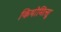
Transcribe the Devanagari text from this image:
कियोमित्सू